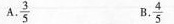
A. $$\frac{3}{5}$$ B. $$\frac{4}{5}$$